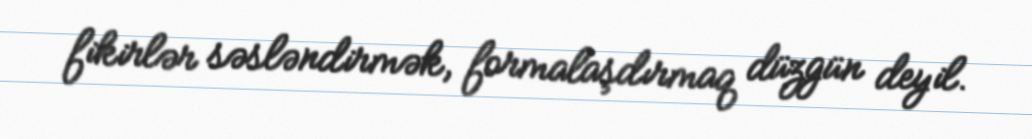
fikirlər səsləndirmək, formalaşdırmaq düzgün deyil.